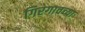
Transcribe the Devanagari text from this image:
गिरगावच्या